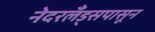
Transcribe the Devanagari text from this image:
नेदरलँड्सपासून